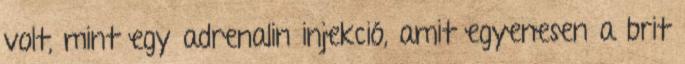
volt, mint egy adrenalin injekció, amit egyenesen a brit